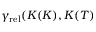
\gamma _ { \mathrm { r e l } } ( K ( K ) , K ( T )